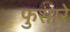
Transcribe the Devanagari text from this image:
फुसारे